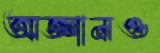
অজ্ঞানও